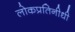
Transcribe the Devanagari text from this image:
लोकप्रतिनीधी